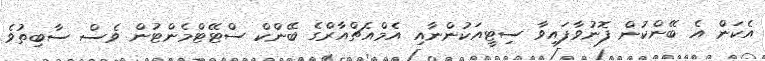
އެކަން އެ ބޭންކުން ފޮނުވާފައިވާ ސިޓީއަކުންނާއި އެމްއެޗްއާރްގެ ބޭންކް ސްޓޭޓްމެންޓުން ވެސް ސާބިތުވެ